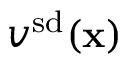
v ^ { \mathrm { s d } } ( \mathbf { x } )